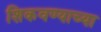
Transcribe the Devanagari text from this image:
शिकवण्याच्या